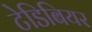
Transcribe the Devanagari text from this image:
टेडिबियर